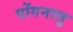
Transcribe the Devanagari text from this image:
पोंगनालु